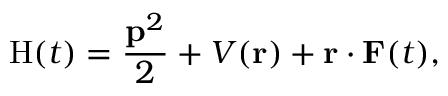
\mathrm { H } ( t ) = \frac { \mathbf { p } ^ { 2 } } { 2 } + V ( \mathbf { r } ) + \mathbf { r } \cdot \mathbf { F } ( t ) ,